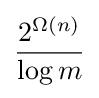
{\frac {2^{\Omega (n)}}{\log m}}